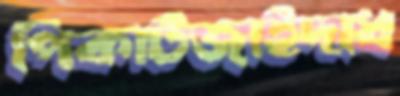
পিকার্টজাইদাধ